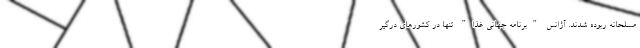
مسلحانه ربوده شدند. آژانس "برنامه جهانی غذا" تنها در کشورهای درگیر